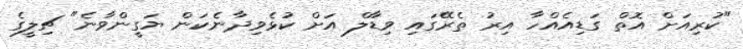
"ކުރިއަށް އޮތް ގަޑިއެއްހާ އިރު ތެރޭގައި ވިޑާލް އަށް ކުޅެވިދާނެކަން ޔަގީންވާނެ" ޗިލީގެ